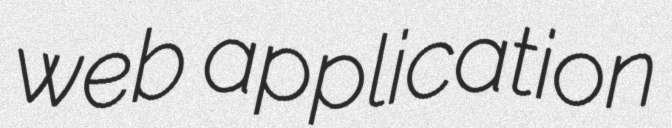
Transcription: web application